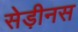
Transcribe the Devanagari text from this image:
सेड़ीनस